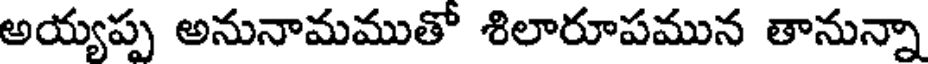
అయ్యప్ప అనునామముతో శిలారూపమున తానున్నా